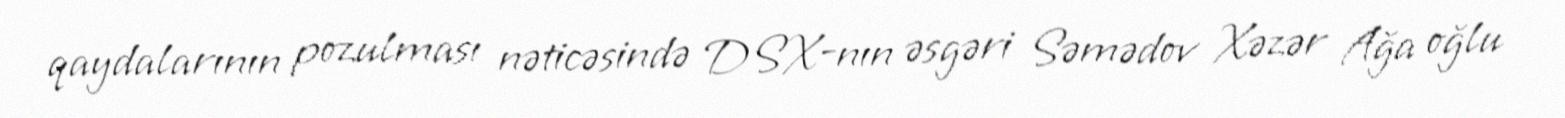
qaydalarının pozulması nəticəsində DSX-nın əsgəri Səmədov Xəzər Ağa oğlu